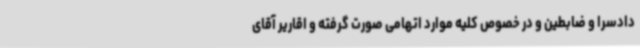
دادسرا و ضابطین و در خصوص کلیه موارد اتهامی صورت گرفته و اقاریر آقای